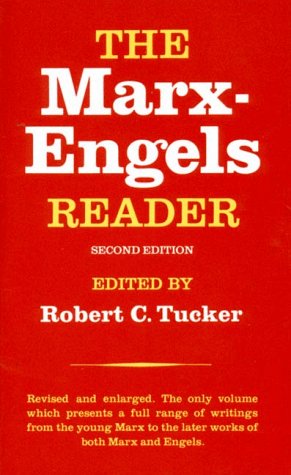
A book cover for The Marx-Engels Reader (Second Edition); Karl Marx; Politics & Social Sciences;